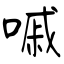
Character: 嘁